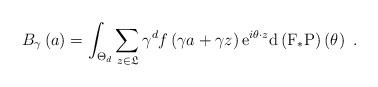
LaTeX: \begin{align*}B_{\gamma }\left( a\right) =\int_{\Theta _{d}}\sum_{z\in \mathfrak{L}}\gamma^{d}f\left( \gamma a+\gamma z\right) \mathrm{e}^{i\theta \cdot z}\mathrm{d}\left( \mathrm{F}_{\ast }\mathrm{P}\right) \left( \theta \right) \ .\end{align*}